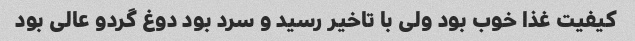
کیفیت غذا خوب بود ولی با تاخیر رسید و سرد بود دوغ گردو عالی بود